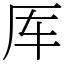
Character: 厍